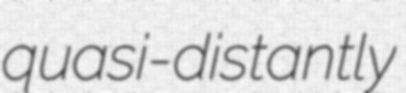
quasi-distantly